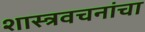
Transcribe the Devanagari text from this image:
शास्त्रवचनांचा